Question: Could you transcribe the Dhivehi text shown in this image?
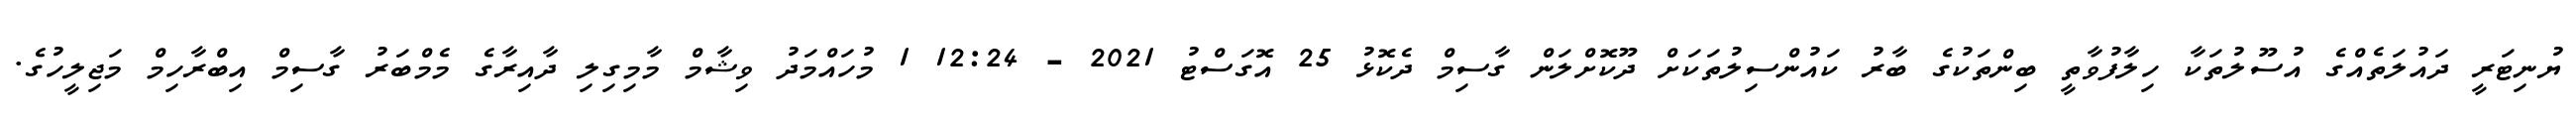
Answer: ޔުނިޓަރީ ދައުލަތެއްގެ އުސޫލުތަކާ ހިލާފުވާތީ ބިންތަކުގެ ބާރު ކައުންސިލުތަކަށް ދޫކޮށްލަން ގާސިމް ދެކޮޅު 25 އޮގަސްޓު 2021 - 12:24 1 މުހައްމަދު ވިޝާމް މާމިގިލި ދާއިރާގެ މެމްބަރު ގާސިމް އިބްރާހިމް މަޖިލީހުގެ.